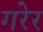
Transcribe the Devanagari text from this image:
गरेर